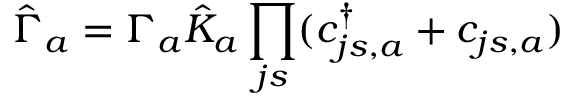
\hat { \Gamma } _ { a } = \Gamma _ { a } \hat { K } _ { a } \prod _ { j s } ( c _ { j s , a } ^ { \dag } + c _ { j s , a } )